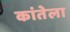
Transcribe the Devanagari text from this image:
कांतेला